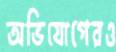
অভিযোগেরও